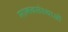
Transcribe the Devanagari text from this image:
मानवसंस्थाओं